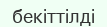
бекіттілді